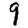
Digit: 9